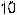
10